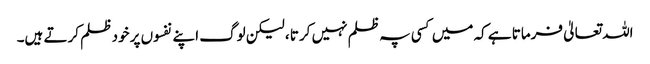
اللہ تعالیٰ فرماتا ہے کہ میں کسی پہ ظلم نہیں کرتا ، لیکن لوگ اپنے نفسوں پر خود ظلم کرتے ہیں۔